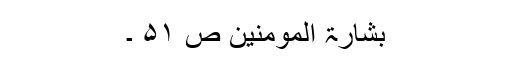
بشارۃ المومنین ص ۵۱ ۔